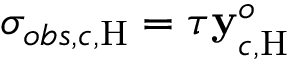
\sigma _ { o b s , c , \mathrm { H } } = \tau \mathbf { y } _ { c , \mathrm { H } } ^ { o }